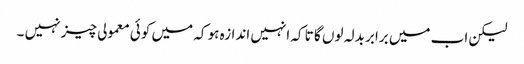
لیکن اب میں برابر بدلہ لوں گا تا کہ انہیں اندازہ ہو کہ میں کوئی معمولی چیز نہیں ۔